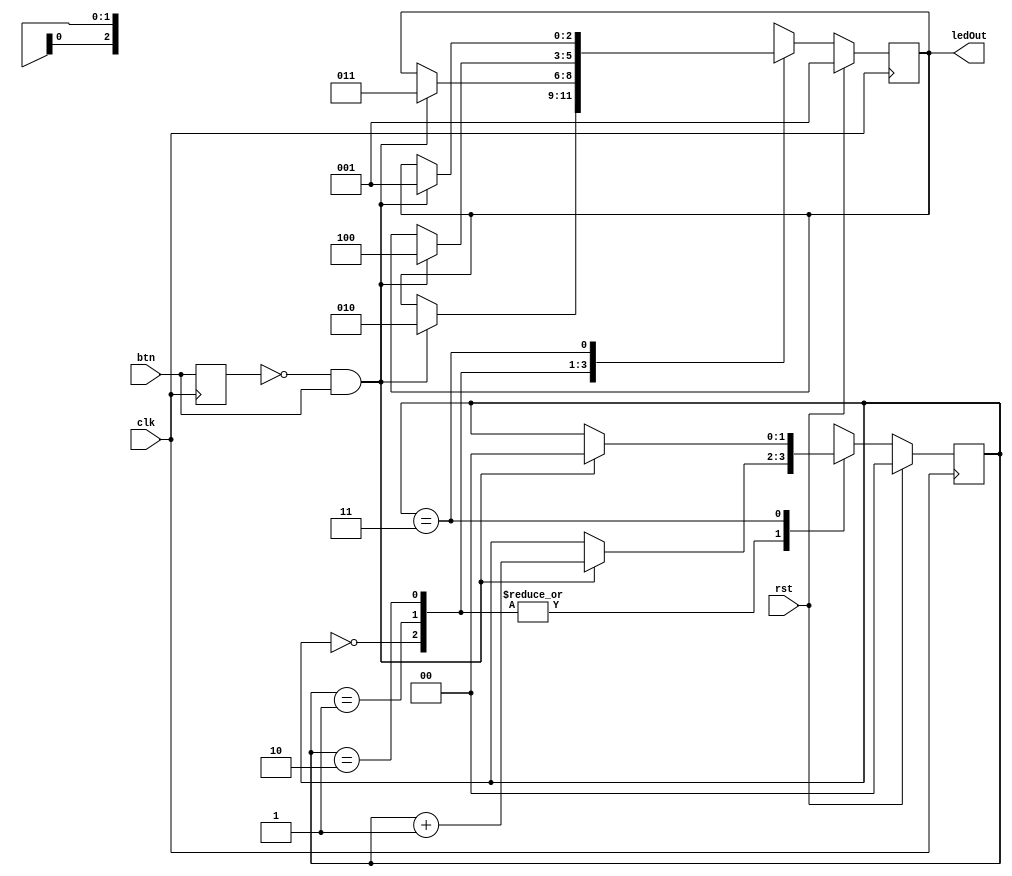
`timescale 1ns / 1ps
module state_machine(btn, clk, ledOut, rst);
input btn, clk, rst;
output reg [2:0] ledOut;

reg [2:0] ledOutNxt;
//////////for clean input
reg prevBtn;
wire posedgeBtn;
assign posedgeBtn = ~prevBtn & btn;
//////////

reg [1:0] state,stateNxt = 0;

always@(posedge clk) begin
	prevBtn <= #1 btn; 					//for clean input
	ledOut  <= #1 ledOutNxt;
	state <= #1 stateNxt;
end
always@(*)begin
	stateNxt = state;
	ledOutNxt = ledOut;
	
	if(rst)begin
		ledOutNxt = 3'b001;
		stateNxt = 0;
	end
	else begin
		case(state)
			0:begin
				if(posedgeBtn)begin
					stateNxt = state + 1;
					ledOutNxt = 3'b010;
				end 
			end
			1: begin
				if(posedgeBtn)begin
					stateNxt = state + 1;
					ledOutNxt = 3'b11;
				end 
			end
			2: begin
				if(posedgeBtn)begin
					stateNxt = state + 1;
					ledOutNxt = 3'b100;
				end 
			end
			3: begin
				if(posedgeBtn)begin
					stateNxt = 0;
					ledOutNxt = 3'b001;
				end 
			end
		endcase
	end
end
		
endmodule